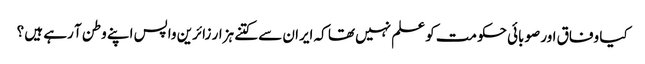
کیا وفاق اور صوبائی حکومت کو علم نہیں تھا کہ ایران سے کتنے ہزار زائرین واپس اپنے وطن آ رہے ہیں ؟